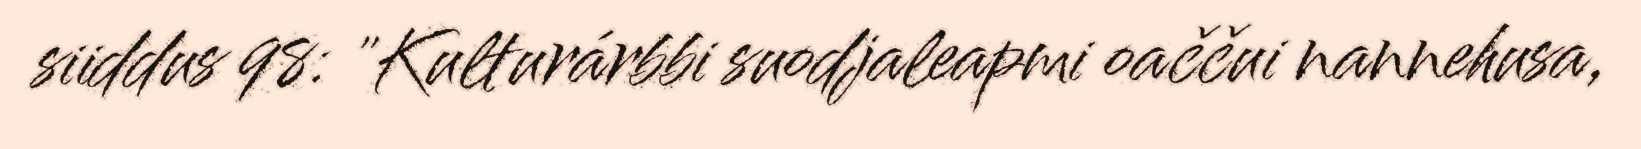
siiddus 98: "Kulturárbbi suodjaleapmi oaččui nannehusa,